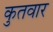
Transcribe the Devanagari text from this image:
कुतवार